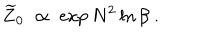
LaTeX: \widetilde { Z } _ { 0 } \; \propto \; \exp N ^ { 2 } \ln \beta \; .